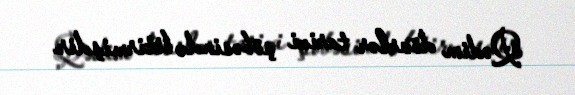
Qədim dövrlər tarixi şöbəsində bitirmişdir.